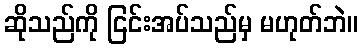
ဆိုသည်ကို ငြင်းအပ်သည်မှ မဟုတ်ဘဲ။